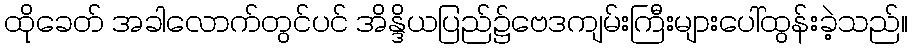
ထိုခေတ် အခါလောက်တွင်ပင် အိန္ဒိယပြည်၌ဗေဒကျမ်းကြီးများပေါ်ထွန်းခဲ့သည်။